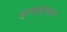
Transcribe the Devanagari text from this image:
इत्याधुक्त्या